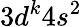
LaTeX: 3d^{k}4s^{2}